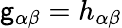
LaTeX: \mathsf{g}_{\alpha\beta}=h_{\alpha\beta}